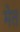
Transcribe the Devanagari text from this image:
मेत